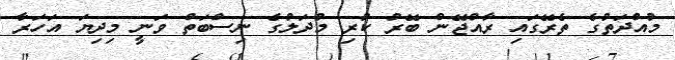
މުއްދަތުގެ ތެރޭގައި ރާއްޖޭން ބޭރު ކުރި މުދަލުގެ ނިސްބަތް ވަނީ މިދިޔަ އަހަރާ